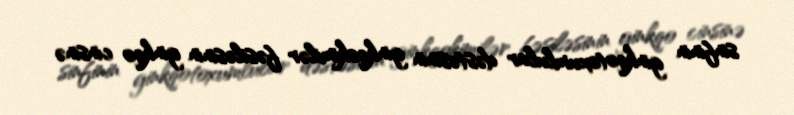
sinfinin ginkqotoxumlular dəstəsinin ginkqokimilər fəsiləsinin ginkqo cinsinə